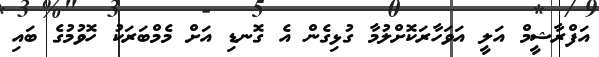
އަފްރާޝީމް އަލީ އަވަހާރަކޮށްލުމާ ގުޅިގެން އެ ގޮނޑި އަށް މެމްބަރަކު ހޮވުމުގެ ބައި